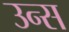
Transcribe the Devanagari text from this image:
उन्स